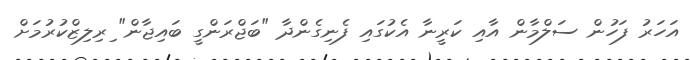
އަހަރު ފަހުން ސަލްމާން އާއި ކަރީނާ އެކުގައި ފެނިގެންދާ "ބަޖްރަންގީ ބައިޖާން" ިރިލިޒްކުރުމަށް